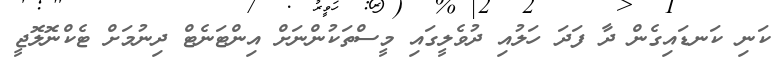
ކަނި ކަނޑައިގެން ދާ ފަދަ ހަލުއި ދުވެލީގައި މީސްތަކުންނަށް އިންޓަނެޓް ދިނުމަށް ޓެކްނޮލޮޖީ